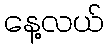
နေ့လယ်